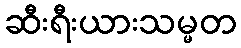
ဆီးရီးယားသမ္မတ